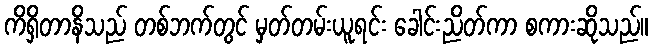
ကိရှိတာနိသည် တစ်ဘက်တွင် မှတ်တမ်းယူရင်း ခေါင်းညိတ်ကာ စကားဆိုသည်။